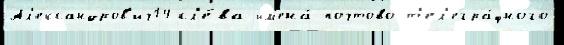
Ал'ександров'ич14 сл'е́ва им'ена́ почтово-т'ел'егра́фного